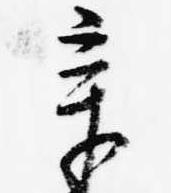
章